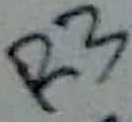
Text: R3